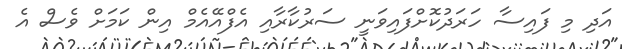
އަދި މި ފައިސާ ހަރަދުކޮށްފައިވަނީ ސަރުކާރާއި އެފްއޭއެމް އިން ކަމަށް ވެސް އެ